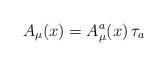
LaTeX: \begin{align*}A_\mu (x)=A_\mu ^a(x)\,\tau _a \end{align*}